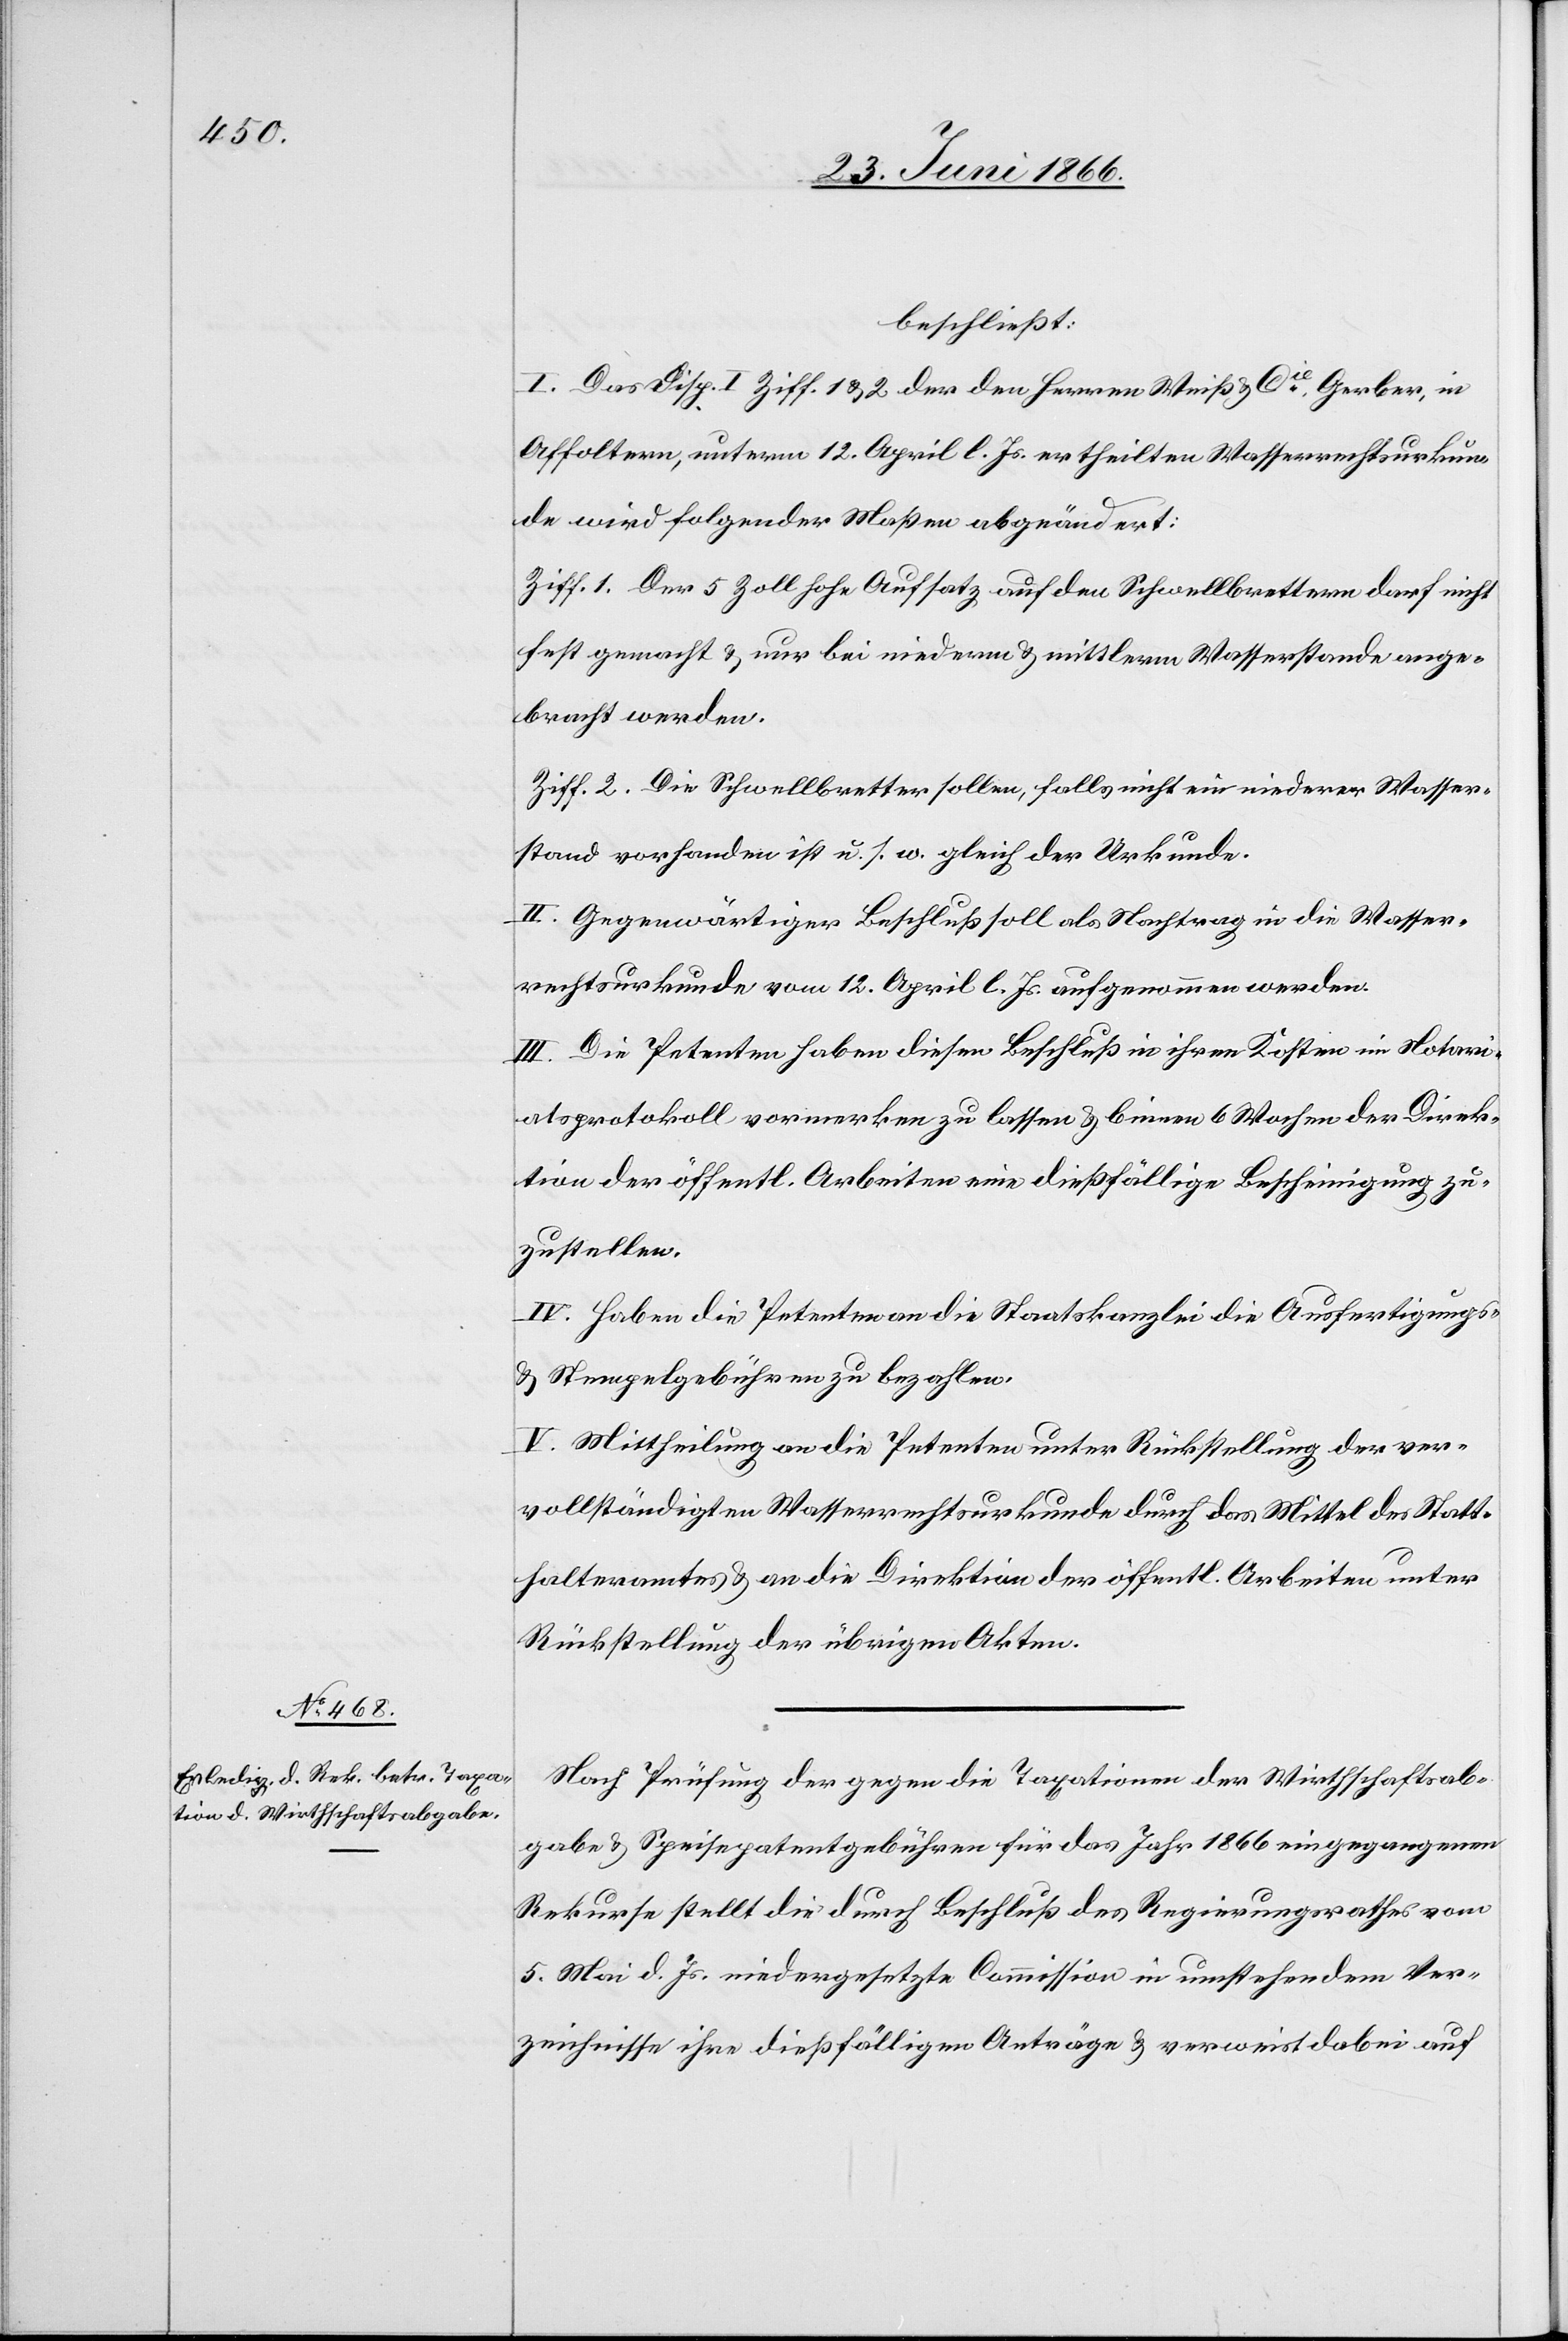
beschließt:
I. Das Disp. I Ziff. 1 u. 2. der den Herren Weiß & Cie., Gerber, in
Affoltern, unterm 12. April l. Js. ertheilten Wasserrechtsurkun¬
de wird folgender Maßen abgeändert:
Ziff. 1 Der 5 Zoll hohe Aufsatz auf den Schwellbrettern darf nicht
fest gemacht u. nur bei niederm u. mittlerm Wasserstande ange¬
bracht werden.
Ziff. 2. Die Schwellbretter sollen, falls nicht ein niederer Wasser¬
stand vorhanden ist u. s. w. gleich der Urkunde.
II. Gegenwärtiger Beschluß soll als Nachtrag in die Wasser¬
rechturkunde vom 12. April. l. Js. aufgenommen werden.
III. Die Petenten haben diesen Beschluß in ihren Kosten im Notari¬
atsprotokoll vormerken zu lassen u. binnen 6 Wochen der Direk¬
tion der öffentl. Arbeiten eine dießfällige Bescheinigung zu¬
zustellen.
IV. Haben die Petenten an die Staatskanzlei die Ausfertigungs-
u. Stempelgebühren zu bezahlen.
V. Mittheilung an die Petenten unter Rückstellung der ver¬
vollständigten Wasserrechtsurkunde durch das Mittel des Statt¬
halteramtes u. an die Direktion der öffentl. Arbeiten unter
Rückstellung der übrigen Akten.
Nach Prüfung der gegen die Taxationen der Wirthschaftsab¬
gabe u. Speisepatentgebühren für das Jahr 1866 eingegangenen
Rekurse stellt die durch Beschluß des Regierungsrathes vom
5. Mai d. Js. niedergesetzte Commission in umstehendem Ver¬
zeichnisse ihre dießfälligen Anträge u. verweist dabei auf